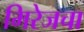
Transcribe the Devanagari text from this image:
मिरेजचा